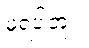
မရပါဘူး။